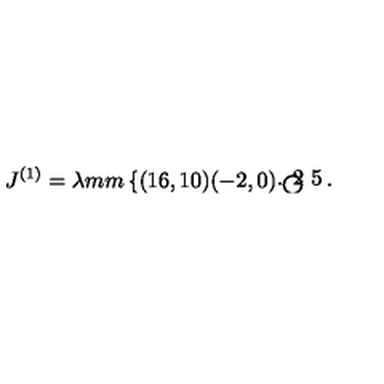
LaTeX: J ^ { ( 1 ) } = \lambda \setlength { \unitlength } { 1 m m } \left\{ \begin{picture} { ( 1 6 , 1 0 ) ( - 2 , 0 ) \thicklines \put ( 4 , 1 ) { \circle { 8 } } \put ( - 0 . 2 5 , 1 ) { \circle * { 1 } } } \\ \end{picture} \right.